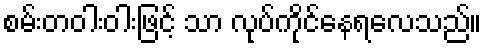
စမ်းတဝါးဝါးဖြင့် သာ လုပ်ကိုင်နေရလေသည်။